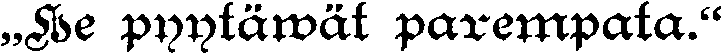
„He pyytäwät parempata."